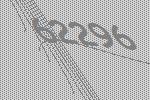
62296